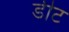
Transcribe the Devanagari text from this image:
डीट